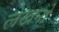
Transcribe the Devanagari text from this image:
लेखनो